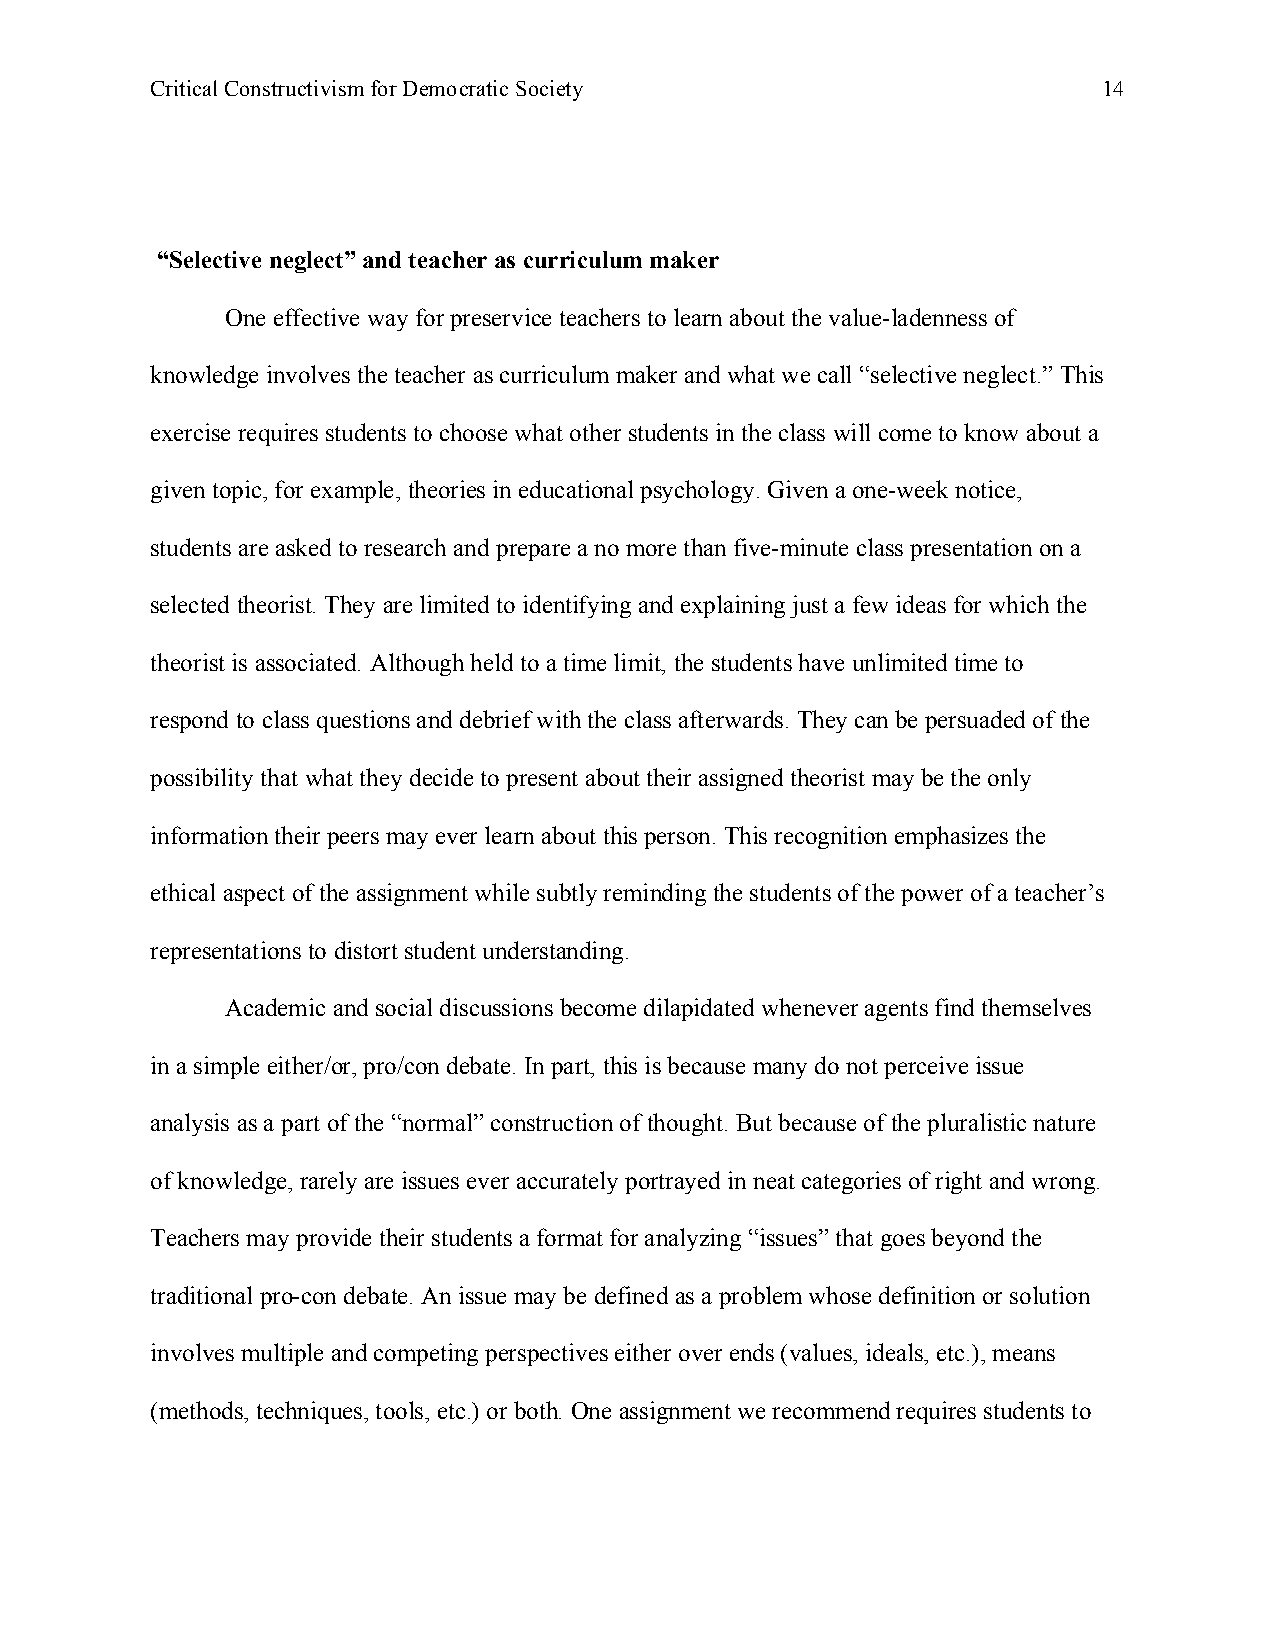
Critical Constructivism for Democratic Society                 14
 “Selective neglect” and teacher as curriculum maker
 One effective way for preservice teachers to learn about the value-ladenness of
 knowledge involves the teacher as curriculum maker and what we call “selective neglect.” This
 exercise requires students to choose what other students in the class will come to know about a
 given topic, for example, theories in educational psychology. Given a one-week notice,
 students are asked to research and prepare a no more than five-minute class presentation on a
 selected theorist. They are limited to identifying and explaining just a few ideas for which the
 theorist is associated. Although held to a time limit, the students have unlimited time to
 respond to class questions and debrief with the class afterwards. They can be persuaded of the
 possibility that what they decide to present about their assigned theorist may be the only
 information their peers may ever learn about this person. This recognition emphasizes the
 ethical aspect of the assignment while subtly reminding the students of the power of a teacher’s
 representations to distort student understanding.
 Academic and social discussions become dilapidated whenever agents find themselves
 in a simple either/or, pro/con debate. In part, this is because many do not perceive issue
 analysis as a part of the “normal” construction of thought. But because of the pluralistic nature
 of knowledge, rarely are issues ever accurately portrayed in neat categories of right and wrong.
 Teachers may provide their students a format for analyzing “issues” that goes beyond the
 traditional pro-con debate. An issue may be defined as a problem whose definition or solution
 involves multiple and competing perspectives either over ends (values, ideals, etc.), means
 (methods, techniques, tools, etc.) or both. One assignment we recommend requires students to